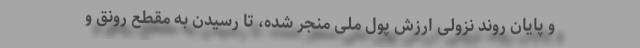
و پایان روند نزولی ارزش پول ملی منجر شده، تا رسیدن به مقطع رونق و